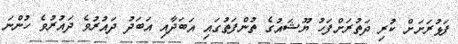
ފަޅުރަށަށް ކުރި ދަތުރަށްފަހު ޔޫޝައުގެ ތުންފަތުގައި އަބަދާއި އަބަދު ދައުރުވެ ދައުރުވެ ހުންނަ